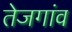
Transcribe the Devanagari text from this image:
तेजगांव